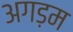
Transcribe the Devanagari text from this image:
अगड़म